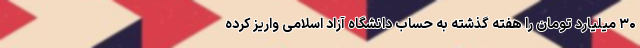
۳۰ میلیارد تومان را هفته گذشته به حساب دانشگاه آزاد اسلامی واریز کرده